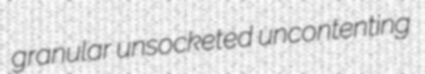
granular unsocketed uncontenting